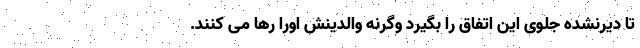
تا دیرنشده جلوی این اتفاق را بگیرد وگرنه والدینش اورا رها می کنند.